Regulations for the medical services of the Army of India
Year: 1930
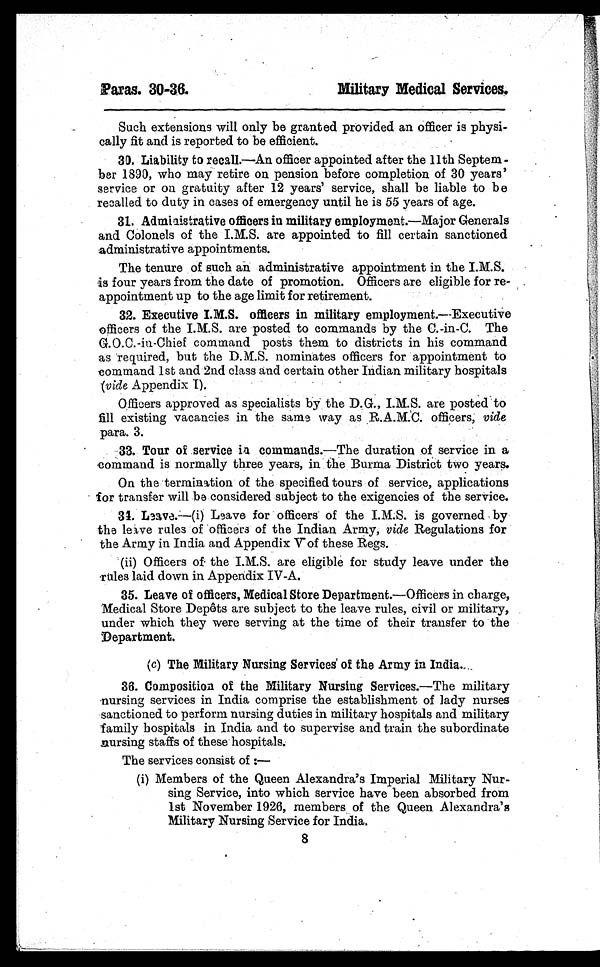
Such extensions will only be granted provided an officer is physi-
cally fit and is reported to be efficient.
30. Liability to recall.—An officer appointed after the 11th Septem-
ber 1890, who may retire on pension before completion of 30 years'
service or on gratuity after 12 years' service, shall be liable to be
recalled to duty in cases of emergency until he is 55 years of age.
31. Administrative officers in military employment. —Major Generals
and Colonels of the are appointed to fill certain sanctioned
administrative appointments.
The tenure of such an administrative appointment in the I.M.S.
is four years from the date of promotion. Officers are eligible for re-
appointment up to the age limit for retirement.
32. Executive I.M.S. officers in military employment.—Executive
officers of the I.M.S. are posted to commands by the C.-in-C. The
G.O.C.-in-Chief command posts them to districts in his command
as required, but the D.M.S. nominates officers for appointment to
command 1st and 2nd class and certain other Indian military hospitals
(vide Appendix I).
Officers approved as specialists by the D.G., I.M.S. are posted to
fill existing vacancies in the same way as R.A.M.C. officers; vide
para. 3.
33. Tour of service in commands. —The duration of service in a
command is normally three years, in the Burma District two years.
On the termination of the specified tours of service, applications
for transfer will be considered subject to the exigencies of the service.
34. Leave:—(i) Leave for officers of the I.M.S. is governed by
the leave rules of officers of the Indian Army, vide Regulations for
the Army in India and Appendix V of these Regs.
(ii) Officers of the I.M.S. are eligible for study leave under the
rules laid down in Appendix IV-A.
35. Leave of officers, Medical Store Department. —Officers in charge,
Medical Store Depôts are subject to the leave rules, civil or military,
under which they were serving at the time of their transfer to the
Department.
(c) The Military Nursing Services' of the Army in India.
36. Composition of the Military Nursing Services.—The military
nursing services in India comprise the establishment of lady nurses
sanctioned to perform nursing duties in military hospitals and military
family hospitals in India and to supervise and train the subordinate
nursing staffs of these hospitals.
The services consist of:—
(i) Members of the Queen Alexandra's Imperial Military Nur-
sing Service, into which service have been absorbed from
1st November 1926, members of the Queen Alexandra's
Military Nursing Service for India.
8